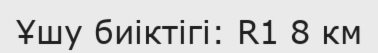
Ұшу биіктігі: R1 8 км